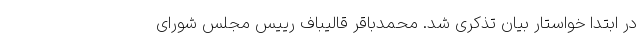
در ابتدا خواستار بیان تذکری شد. محمدباقر قالیباف رییس مجلس شورای